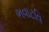
ભવાટવિ